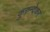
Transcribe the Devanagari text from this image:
कुरुन्देकर